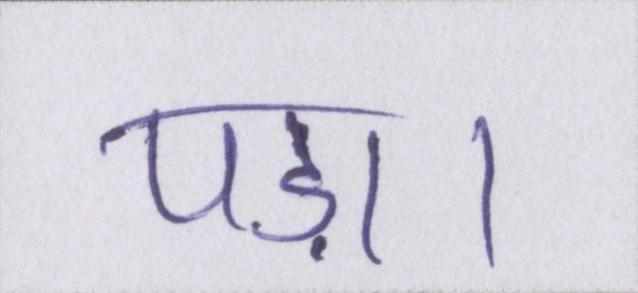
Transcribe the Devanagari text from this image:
पड़ा।